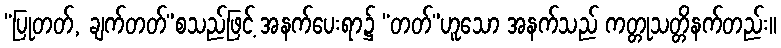
“ပြုတတ်, ချက်တတ်”စသည်ဖြင့် အနက်ပေးရာ၌ “တတ်”ဟူသော အနက်သည် ကတ္တုသတ္တိနက်တည်း။